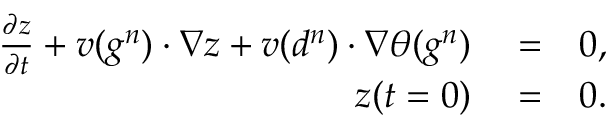
\begin{array} { r l r } { \frac { \partial z } { \partial t } + v ( g ^ { n } ) \cdot \nabla z + v ( d ^ { n } ) \cdot \nabla \theta ( g ^ { n } ) } & { { } = } & { 0 , } \\ { z ( t = 0 ) } & { { } = } & { 0 . } \end{array}